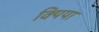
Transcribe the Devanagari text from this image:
क्यिया